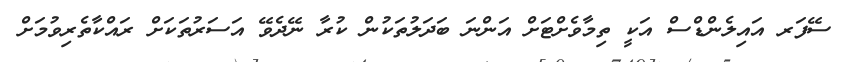
ސޭފަރ އައިލެންޑްސް އަކީ ތިމާވެށްޓަށް އަންނަ ބަދަލުތަކުން ކުރާ ނޭދެވޭ އަސަރުތަކަށް ރައްކާތެރިވުމަށް